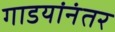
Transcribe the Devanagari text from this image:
गाडयांनंतर